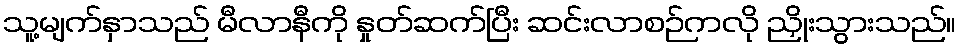
သူ့မျက်နှာသည် မီလာနီကို နှုတ်ဆက်ပြီး ဆင်းလာစဉ်ကလို ညှိုးသွားသည်။